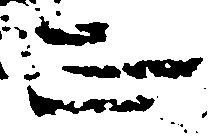
正